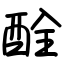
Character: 酫